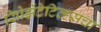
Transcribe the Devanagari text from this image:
रिप्रेझेंटेटिव्ह्सचा